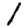
Digit: 1